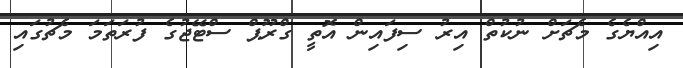
އިއްޔެގެ މެޗަށް ނުކުތް އިރު ސިފައިން އޮތީ ގްރޫޕް ސްޓޭޖުގެ ފުރަތަމަ މެޗުގައި